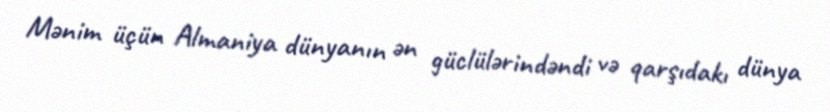
Mənim üçün Almaniya dünyanın ən güclülərindəndi və qarşıdakı dünya